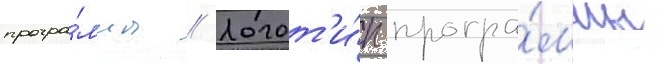
програ́ммы // Логот'и́п програ́ммы